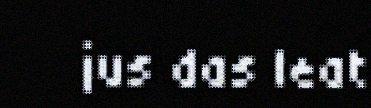
jus das leat